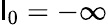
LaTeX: \mathsf{l}_{0}=-\infty